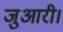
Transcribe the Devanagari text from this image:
जुआरी।